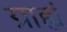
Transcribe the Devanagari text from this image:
ग्राह्यं